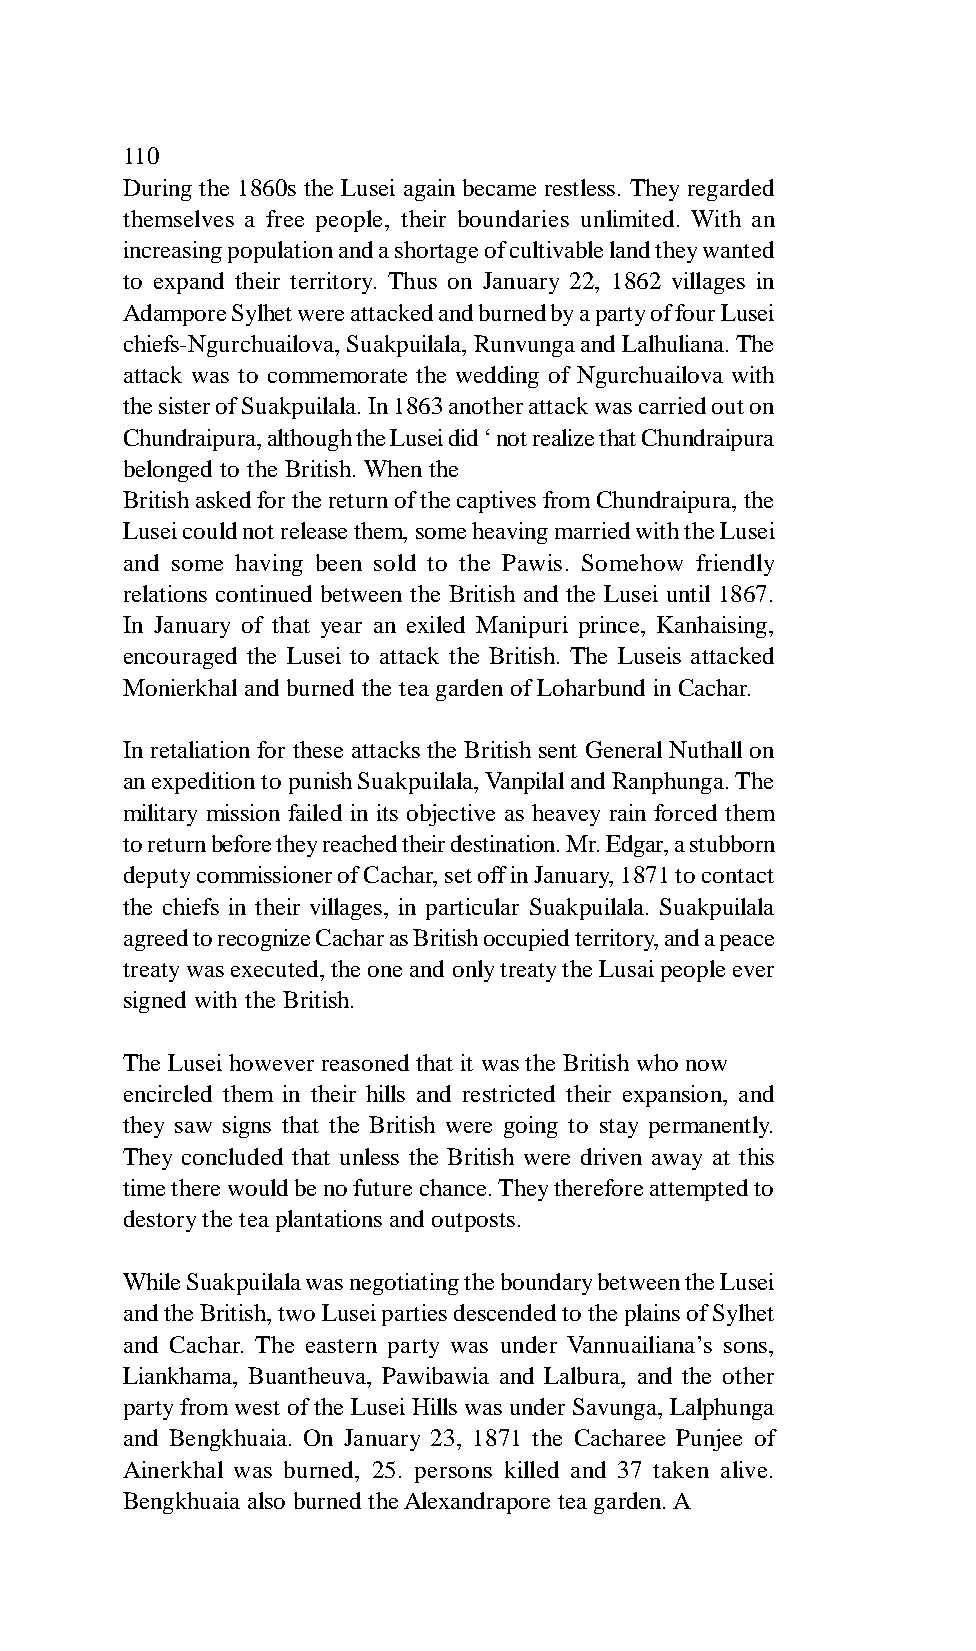
110
 During the 1860s the Lusei again became restless. They regarded
 themselves a free people, their boundaries unlimited. With an
 increasing population and a shortage of cultivable land they wanted
 to expand their territory. Thus on January 22, 1862 villages in
 Adampore Sylhet were attacked and burned by a party of four Lusei
 chiefs-Ngurchuailova, Suakpuilala, Runvunga and Lalhuliana. The
 attack was to commemorate the wedding of Ngurchuailova with
 the sister of Suakpuilala. In 1863 another attack was carried out on
 Chundraipura, although the Lusei did ‘ not realize that Chundraipura
 belonged to the British. When the
 British asked for the return of the captives from Chundraipura, the
 Lusei could not release them, some heaving married with the Lusei
 and some having been sold to the Pawis. Somehow friendly
 relations continued between the British and the Lusei until 1867.
 In January of that year an exiled Manipuri prince, Kanhaising,
 encouraged the Lusei to attack the British. The Luseis attacked
 Monierkhal and burned the tea garden of Loharbund in Cachar.
 In retaliation for these attacks the British sent General Nuthall on
 an expedition to punish Suakpuilala, Vanpilal and Ranphunga. The
 military mission failed in its objective as heavey rain forced them
 to return before they reached their destination. Mr. Edgar, a stubborn
 deputy commissioner of Cachar, set off in January, 1871 to contact
 the chiefs in their villages, in particular Suakpuilala. Suakpuilala
 agreed to recognize Cachar as British occupied territory, and a peace
 treaty was executed, the one and only treaty the Lusai people ever
 signed with the British.
 The Lusei however reasoned that it was the British who now
 encircled them in their hills and restricted their expansion, and
 they saw signs that the British were going to stay permanently.
 They concluded that unless the British were driven away at this
 time there would be no future chance. They therefore attempted to
 destory the tea plantations and outposts.
 While Suakpuilala was negotiating the boundary between the Lusei
 and the British, two Lusei parties descended to the plains of Sylhet
 and Cachar. The eastern party was under Vannuailiana’s sons,
 Liankhama, Buantheuva, Pawibawia and Lalbura, and the other
 party from west of the Lusei Hills was under Savunga, Lalphunga
 and Bengkhuaia. On January 23, 1871 the Cacharee Punjee of
 Ainerkhal was burned, 25. persons killed and 37 taken alive.
 Bengkhuaia also burned the Alexandrapore tea garden. A